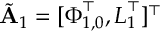
\tilde { \mathbf { A } } _ { 1 } = [ \boldsymbol { \Phi } _ { 1 , 0 } ^ { \top } , \boldsymbol { L } _ { 1 } ^ { \top } ] ^ { \top }